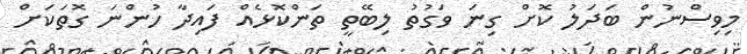
މިވިސްނުން ބަދަލު ކޮށް ގިނަ ވަގުތު ލިބޭތީ ތަންކޮޅެއް ފައިދާ ހުންނަ ގޮތަކަށް